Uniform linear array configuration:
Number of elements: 24
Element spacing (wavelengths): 0.25
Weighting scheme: hamming
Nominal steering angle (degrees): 0
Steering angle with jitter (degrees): -1.527
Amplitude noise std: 0.05
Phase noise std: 0.05

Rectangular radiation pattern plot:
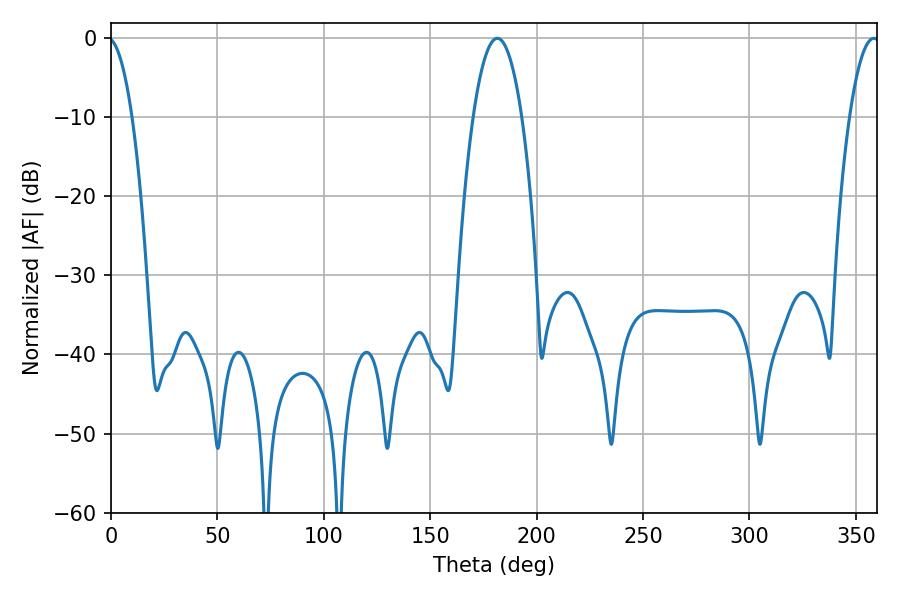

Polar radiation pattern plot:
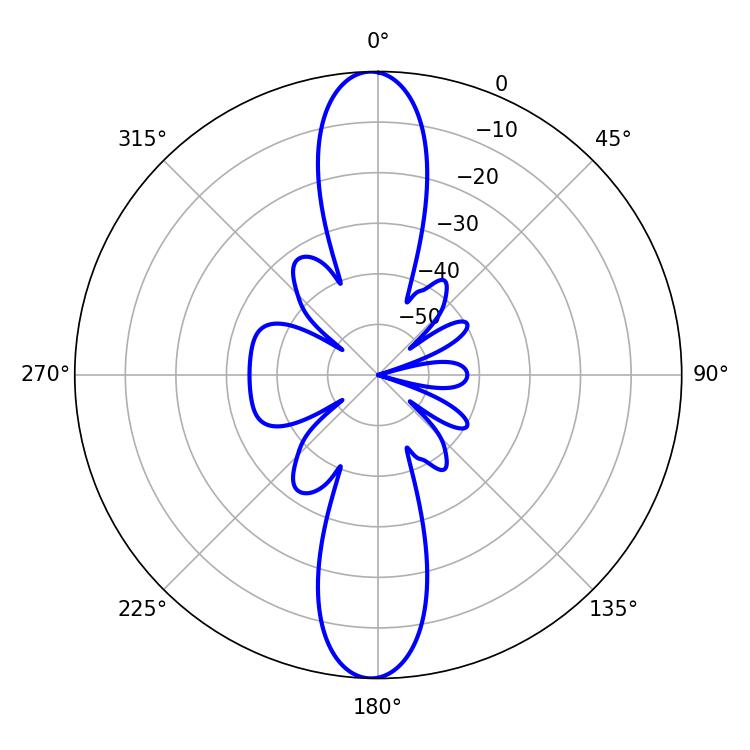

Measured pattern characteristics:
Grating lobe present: FALSE
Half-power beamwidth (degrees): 12.78
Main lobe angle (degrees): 181.62